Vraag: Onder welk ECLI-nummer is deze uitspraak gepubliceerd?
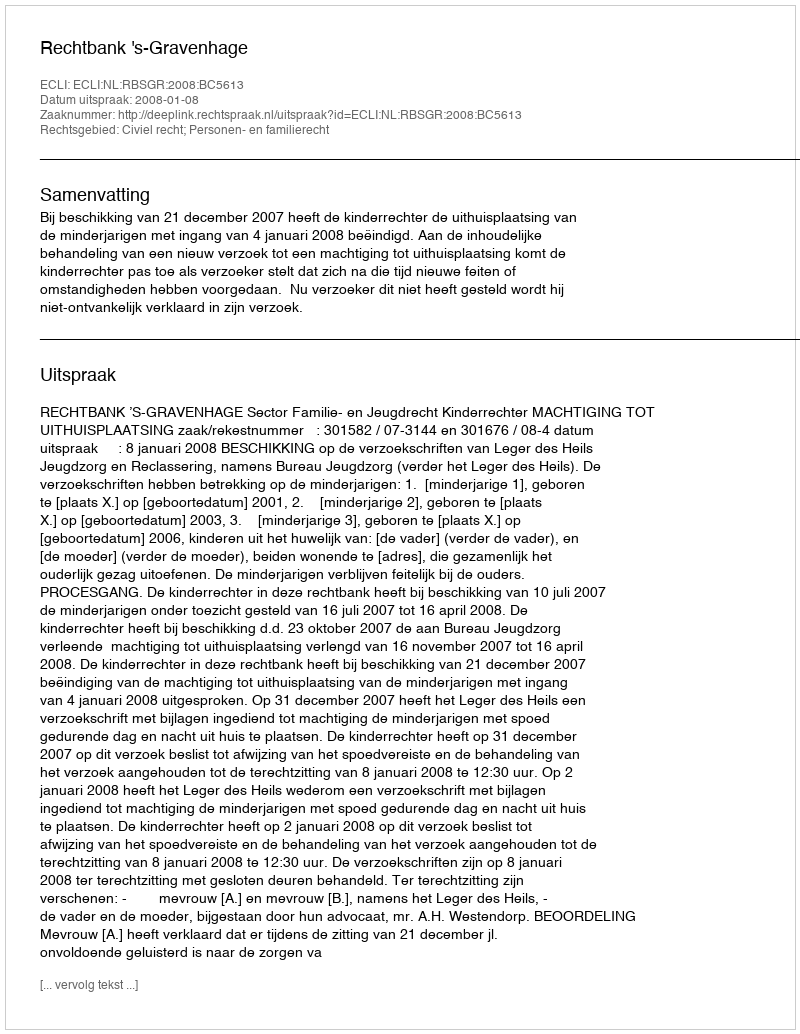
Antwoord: ECLI:NL:RBSGR:2008:BC5613